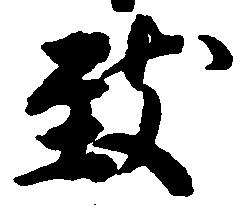
致